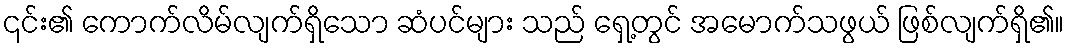
၎င်း၏ ကောက်လိမ်လျက်ရှိသော ဆံပင်များ သည် ရှေ့တွင် အမောက်သဖွယ် ဖြစ်လျက်ရှိ၏။